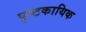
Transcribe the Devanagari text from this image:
पुष्टकायिक